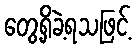
တွေ့ရှိခဲ့ရသဖြင့်